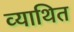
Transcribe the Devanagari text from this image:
व्याथित